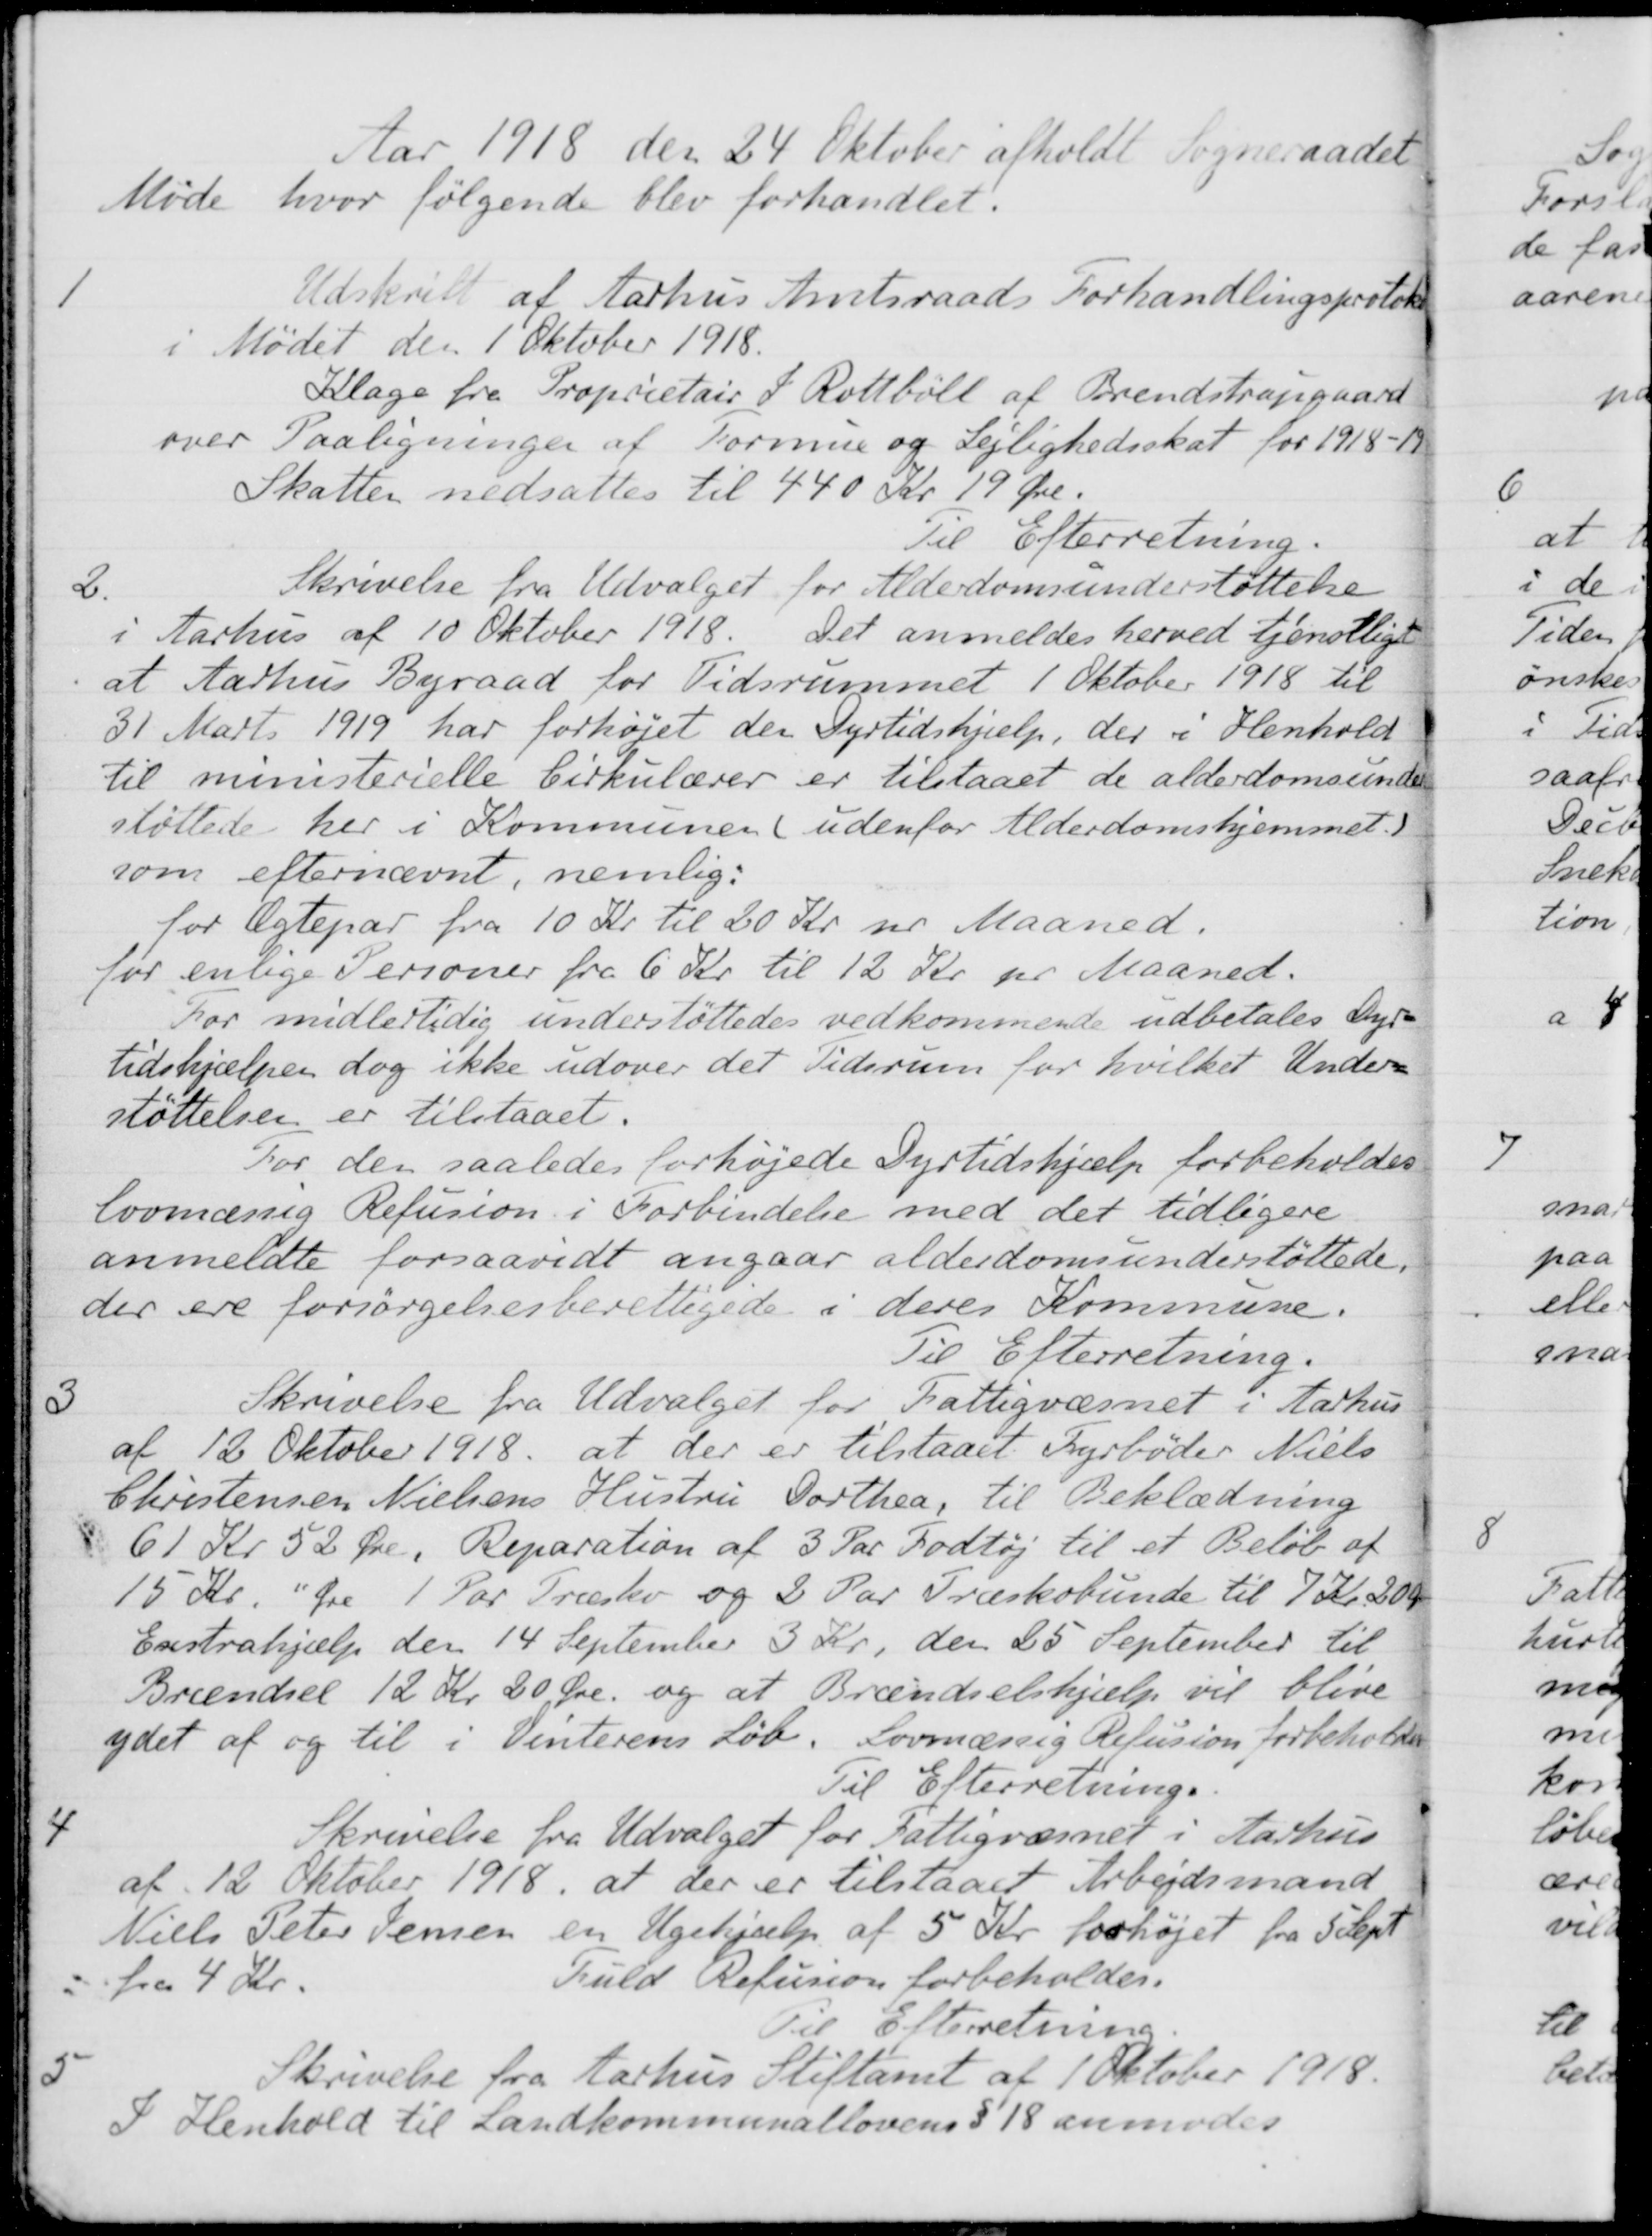
Transskription:
Aar 1918 den 24 Oktober afholdt Sogneraadet
Møde hvor følgende blev forhandlet.
1
Udskrift af Aarhus Amtsraads Forhandlingsprotokol
i Mødet den 1 Oktober 1918.
Klage fra Proprietair I. Rottbøll af Brendstrupgaard
over Paaligninger af Formue og Lejlighedsskat for 1918-19
Skatten nedsattes til 440 Kr. 19 Øre.
Til Efterretning.
2.
Skrivelse fra Udvalget for Alderdomsunderstøttelse
i Aarhus af 10 Oktober 1918. Det anmeldes herved tjenstligt
at Aarhus Byraad for Tidsrummet 1 Oktober 1918 til
31 Marts 1919 har forhøjet den Dyrtidshjælp, der i Henhold
til ministerielle Cirkulærer er tilstaaet de alderdomsunder-
støttede her i Kommunen (udenfor Alderdomshjemmet. )
som efternævnt, nemlig:
for Ægtepar fra 10 Kr. til 20 Kr pr Maaned.
for enlige Personer fra 6 Kr. til 12 Kr pr Maaned.
For midlertidig understøttedes vedkommende udbetales Dyr-
tidshjælpen dog ikke udover det Tidsrum for hvilket Under-
støttelsen er tilstaaet.
For den saaledes forhøjede Dyrtidshjælp forbeholdes
lovmæssig Refusion i Forbindelse med det tidligere
anmeldte forsaavidt angaar alderdomsunderstøttede.
der ere forsørgelsesberettigede i deres Kommune.
Til Efterretning.
3
Skrivelse fra Udvalget for Fattigvæsnet i Aarhus
af 12 Oktober 1918, at der er tilstaaet Fyrbøder Niels
Christensen Nielsens Hustru Dorthea, til Beklædning
61 Kr 52 Øre. Reparation af 3 Par Fodtøj til et Beløb af
15 Kr. Øre 1 Par Træslev og 2 Par Træskobunde til 7 Kr. 20 Ør
Exstrahjælp den 14 September 3 Kr, den 25 September til
Brændsel 12 Kr 20 Øre og at Brændselshjælp vil blive
ydet af og til i Vinterens Løb. Lovmæssig Refusion forbeholder
Til Efterretning.
4
Skrivelse fra Udvalget for Fattigvæsnet i Aarhus
af 12 Oktober 1918, at der er tilstaaet Arbejdsmand
Niels Peter Jensen en Ugehjælp af 5 Kr. forhøjet fra 5 Sept
fra 4 Kr.
Fuld Refusion forbeholdes.
Til Efterretning
5
Skrivelse fra Aarhus Stiftamt af 1 Oktober 1918.
I Henhold til Landkommunallovens § 18 anmodes